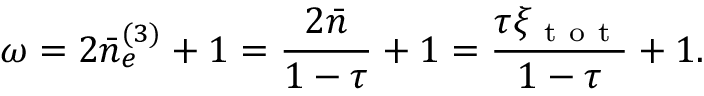
\omega = 2 \bar { n } _ { e } ^ { ( 3 ) } + 1 = \frac { 2 \bar { n } } { 1 - \tau } + 1 = \frac { \tau \xi _ { \mathrm { ~ t ~ o ~ t ~ } } } { 1 - \tau } + 1 .